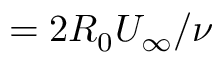
= 2 R _ { 0 } U _ { \infty } / \nu